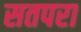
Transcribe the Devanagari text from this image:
सतपरा